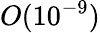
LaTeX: O(10^{-9})